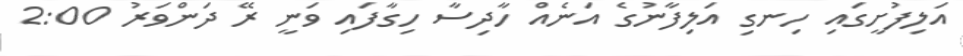
އަލިފުށީގައި ހިނގި އަލިފާނުގެ އަނެއް ހާދިސާ ހިގާފައި ވަނީ ރޭ ދަންވަރު 2:00